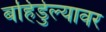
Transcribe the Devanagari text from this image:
बहिर्डुल्यावर